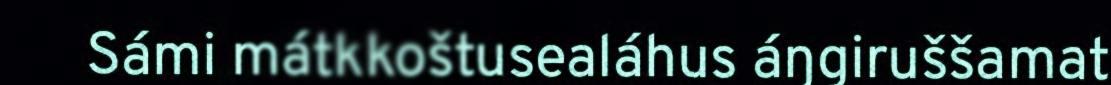
Sámi mátkkoštusealáhus áŋgiruššamat